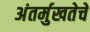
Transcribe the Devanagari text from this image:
अंतर्मुखतेचे